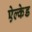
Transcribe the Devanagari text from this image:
ऐल्केड